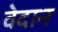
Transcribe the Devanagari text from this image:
वेदान